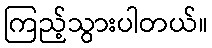
ကြည့်သွားပါတယ်။